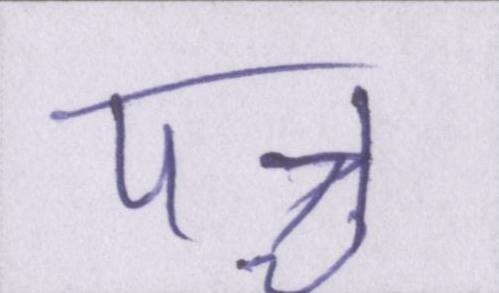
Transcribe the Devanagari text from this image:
पञ्च